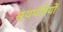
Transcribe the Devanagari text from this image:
स्थपतियों